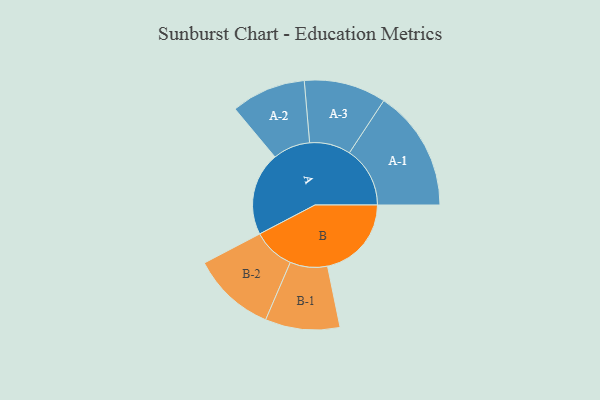
{"axis": {"x": "Segment", "y": "Value"}, "legend": ["", "A", "B"], "data": [{"x": "A", "y": 404, "type": ""}, {"x": "B", "y": 407, "type": ""}, {"x": "A-1", "y": 294, "type": "A"}, {"x": "A-2", "y": 181, "type": "A"}, {"x": "A-3", "y": 199, "type": "A"}, {"x": "B-1", "y": 181, "type": "B"}, {"x": "B-2", "y": 203, "type": "B"}]}